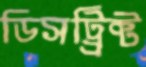
ডিসট্র্রিক্ট